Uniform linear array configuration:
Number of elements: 64
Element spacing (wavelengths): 0.25
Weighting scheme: exponential
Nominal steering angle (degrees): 45
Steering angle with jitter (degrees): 43.613
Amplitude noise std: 0.05
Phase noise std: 0.05

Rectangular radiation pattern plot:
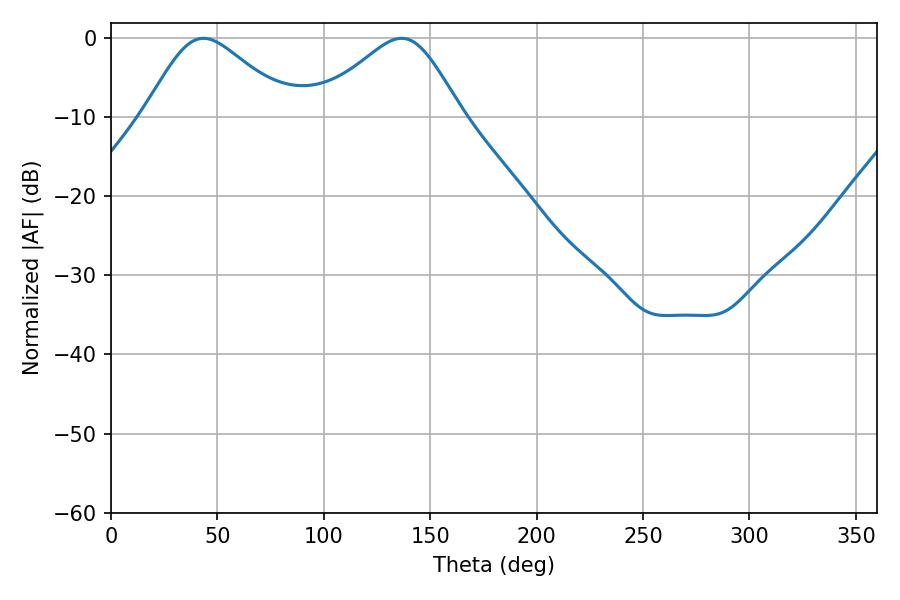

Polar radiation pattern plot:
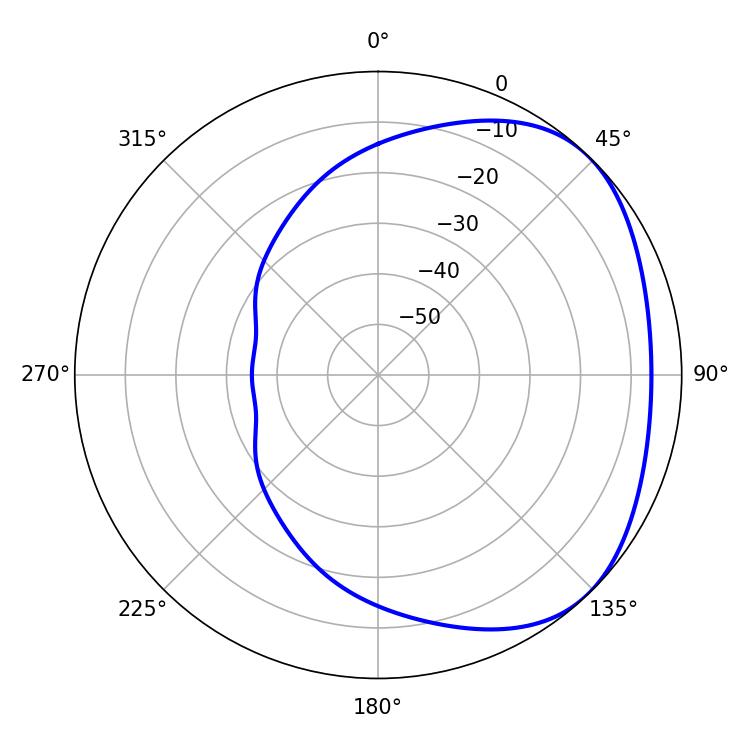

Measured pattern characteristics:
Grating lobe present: FALSE
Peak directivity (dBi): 2.959
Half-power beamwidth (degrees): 34.02
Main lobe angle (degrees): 43.38